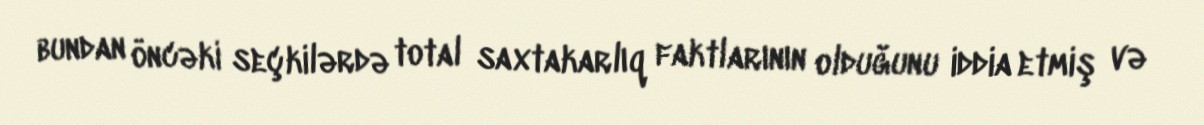
bundan öncəki seçkilərdə total saxtakarlıq faktlarının olduğunu iddia etmiş və